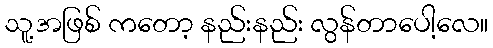
သူ့အဖြစ် ကတော့ နည်းနည်း လွန်တာပေါ့လေ။